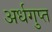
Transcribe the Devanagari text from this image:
अर्धगुप्त